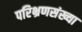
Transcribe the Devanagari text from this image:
परिभ्रणसंख्या